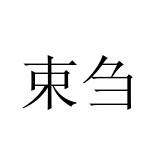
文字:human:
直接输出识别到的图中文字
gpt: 束刍